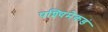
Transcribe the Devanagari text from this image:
पश्‍चिमेकडं